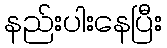
နည်းပါးနေပြီး